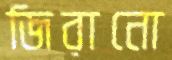
জিরানো